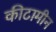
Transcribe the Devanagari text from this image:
कीटामीन